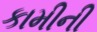
કામીની